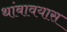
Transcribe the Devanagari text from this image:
थांबावयास